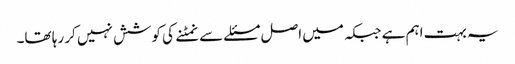
یہ بہت اہم ہے جبکہ میں اصل مسئلے سے نمٹنے کی کوشش نہیں کر رہا تھا۔